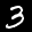
Label: 3